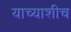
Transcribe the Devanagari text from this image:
याच्याशीच